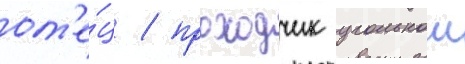
от'е́ц / проходчик угольнои